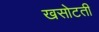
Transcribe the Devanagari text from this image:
खसोटती